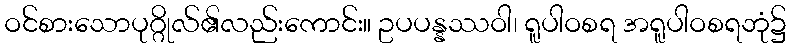
ဝင်စားသောပုဂ္ဂိုလ်၏လည်းကောင်း။ ဥပပန္နဿဝါ၊ ရူပါဝစရ အရူပါဝစရဘုံ၌